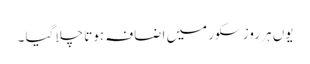
یوں ہر روز سکور میں اضافہ ہوتا چلا گیا ۔